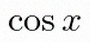
\cos x